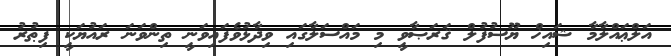
އަލްޢައްލާމާ ޝައިޚް ޔޫސުފުލް ޤަރަޞާވީ މި މައްސަލާގައި ވިދާޅުވެފައިވަނީ ތިންވަނަ ރައުޔަކީ ފިޠުރު